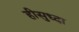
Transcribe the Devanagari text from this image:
हीसुध्दा